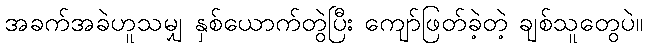
အခက်အခဲဟူသမျှ နှစ်ယောက်တွဲပြီး ကျော်ဖြတ်ခဲ့တဲ့ ချစ်သူတွေပဲ။